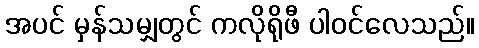
အပင် မှန်သမျှတွင် ကလိုရိုဖီ ပါဝင်လေသည်။